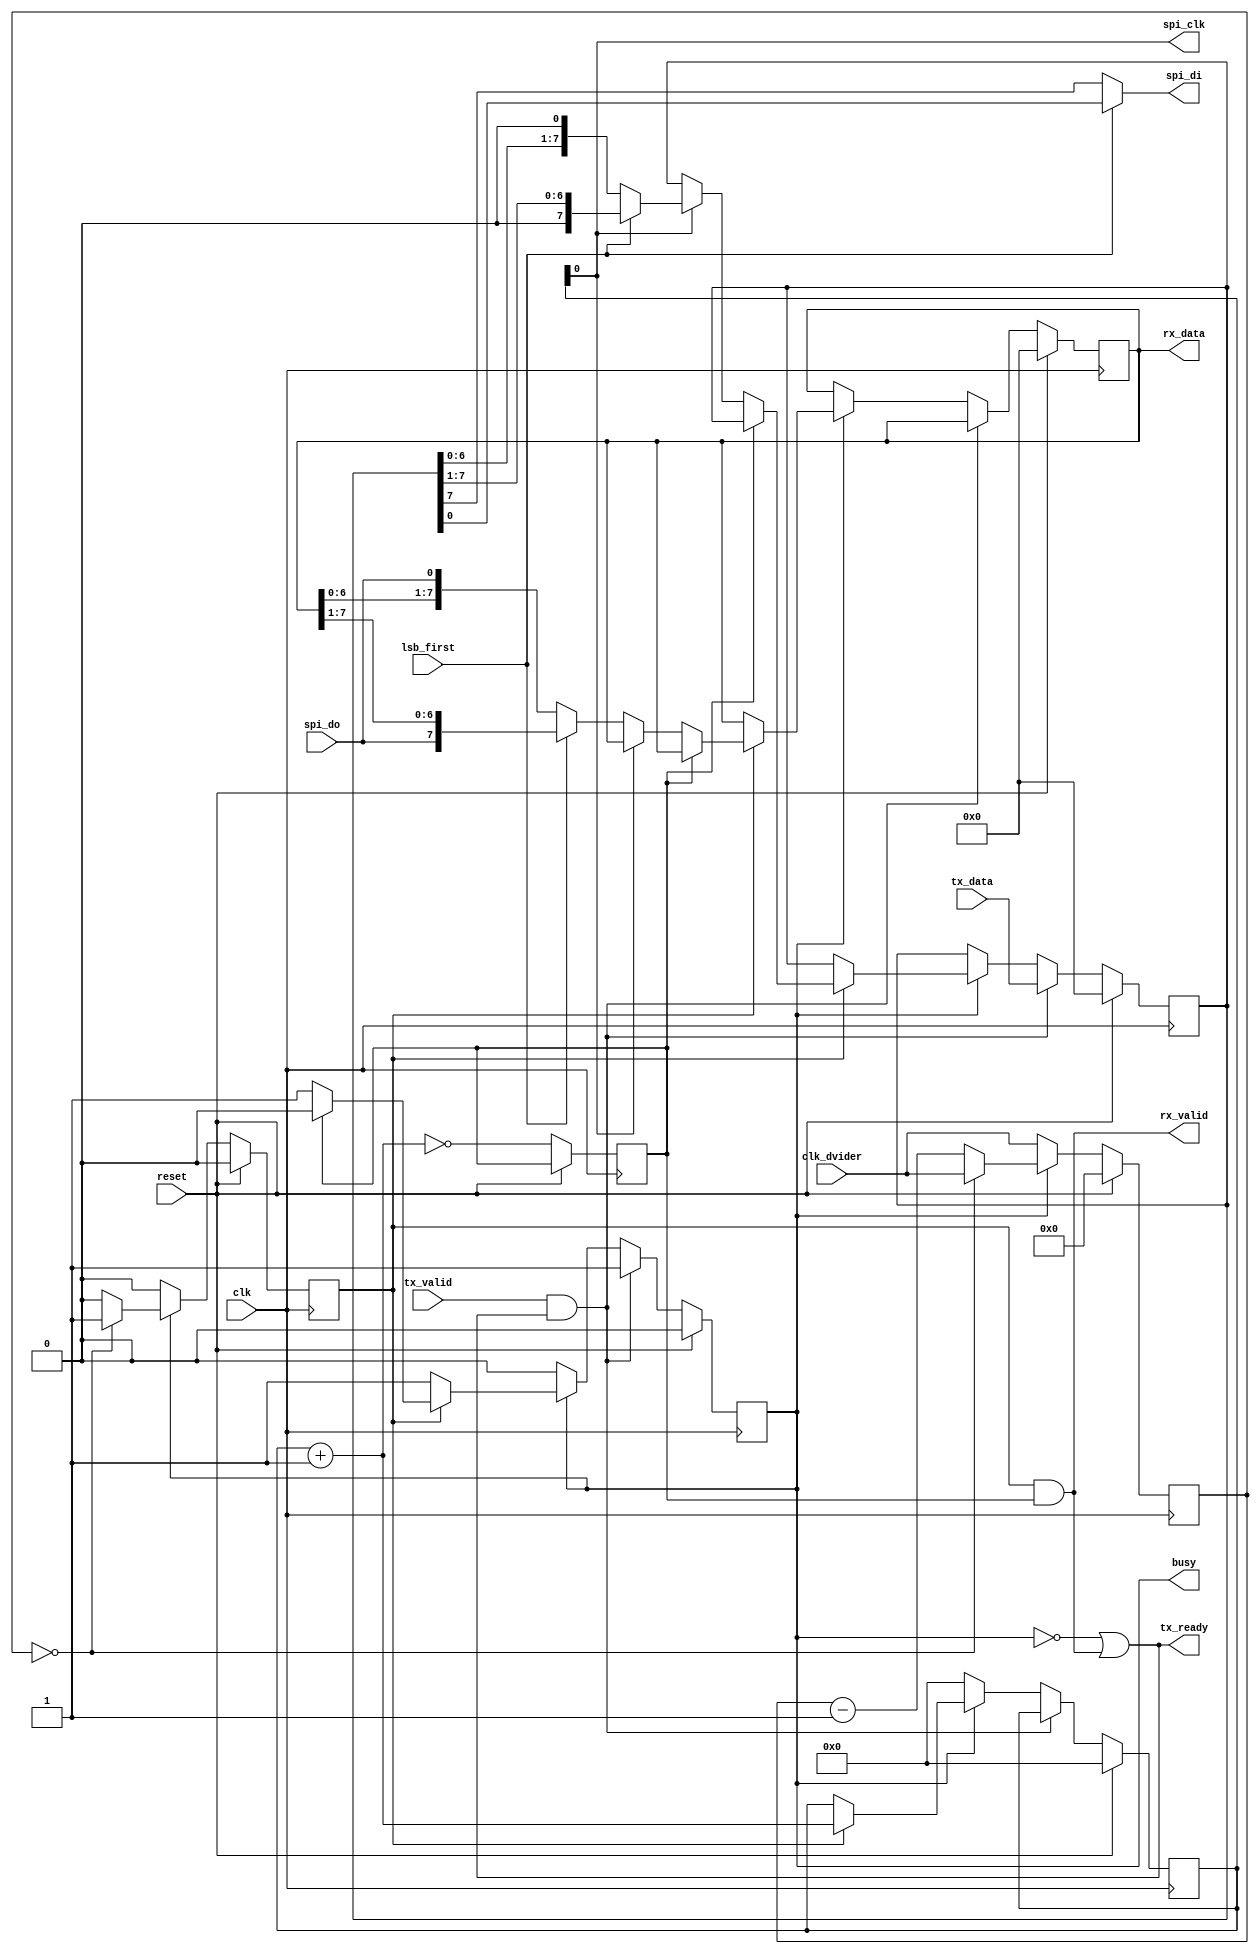
// This program was cloned from: https://github.com/ryuz/jelly
// License: MIT License

// ---------------------------------------------------------------------------
//  Jelly  -- The platform for real-time computing
//
//                                 Copyright (C) 2008-2015 by Ryuz
//                                 https://github.com/ryuz/jelly.git
// ---------------------------------------------------------------------------



`timescale       1ns / 1ps
`default_nettype none



// uart
module jelly_spi_core
        #(
            parameter DIVIDER_WIDTH = 16
        )
        (
            input   wire                        reset,
            input   wire                        clk,
            
            input   wire    [DIVIDER_WIDTH-1:0] clk_dvider,
            input   wire                        lsb_first,
            
            output  wire                        spi_clk,
            output  wire                        spi_di,
            input   wire                        spi_do,
            
            input   wire    [7:0]               tx_data,
            input   wire                        tx_valid,
            output  wire                        tx_ready,
            
            output  wire    [7:0]               rx_data,
            output  wire                        rx_valid,
            
            output  wire                        busy
        );
    
    
    // state
    localparam  [2:0]   ST_START = 3'd0, ST_STOP = 3'd1, ST_ACK = 3'd2, ST_NAK = 3'd3, ST_SEND = 3'd4, ST_RECV = 3'd5;
    
    
    // clock dvider
    reg     [DIVIDER_WIDTH-1:0]     reg_clk_counter;
    reg                             reg_clk_triger;
    
    // clock dvider
    always @( posedge clk ) begin
        if ( reset ) begin
            reg_clk_counter <= 0;
            reg_clk_triger  <= 1'b0;
        end
        else begin
            if ( busy ) begin
                if ( reg_clk_counter == 0 ) begin
                    reg_clk_counter <= clk_dvider;
                    reg_clk_triger  <= 1'b1;
                end
                else begin
                    reg_clk_counter <= reg_clk_counter - 1'b1;
                    reg_clk_triger  <= 1'b0;
                end
            end
            else begin
                // idle
                reg_clk_counter <= clk_dvider;
                reg_clk_triger  <= 1'b0;
            end
        end
    end
    
    
    // state machine
    reg             reg_busy;
    reg     [3:0]   reg_counter;
    reg             reg_last;
    reg     [7:0]   reg_recv_data;
    reg     [7:0]   reg_send_data;
    
    wire    [3:0]   next_counter;
    assign next_counter = reg_counter + 1'b1;
    
    always @( posedge clk ) begin
        if ( reset ) begin
            reg_busy       <= 1'b0;
            reg_counter    <= 4'd0;
            reg_recv_data  <= 8'h00;
            reg_send_data  <= 8'h00;
        end
        else begin
            if ( tx_valid & tx_ready ) begin
                reg_busy      <= 1'b1;
                reg_send_data <= tx_data;
            end
            else if ( reg_busy ) begin
                if ( reg_clk_triger ) begin
                    reg_counter <= next_counter;
                    if ( reg_last ) begin
                        reg_busy <= 1'b0;
                    end
                    else begin
                        if ( reg_counter[0] ) begin
                            reg_send_data <= lsb_first ? {1'b0, reg_send_data[7:1]}   : {reg_send_data[6:0], 1'b0};
                        end
                        else begin
                            reg_recv_data <= lsb_first ? {spi_do, reg_recv_data[7:1]} : {reg_recv_data[6:0], spi_do};
                        end
                    end
                end
            end
            else begin
                reg_counter <= 6'd0;
            end
            reg_last <= (next_counter == 0);
        end
    end
    
    assign spi_clk  = reg_counter[0];
    assign spi_di   = lsb_first ? reg_send_data[0] : reg_send_data[7];
    
    assign tx_ready = ~reg_busy | (reg_clk_triger & reg_last);
    
    assign rx_data  = reg_recv_data;
    assign rx_valid = (reg_clk_triger & reg_last);
    
    
    assign busy     = reg_busy;
    
endmodule


`default_nettype wire


// end of file